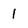
Character: 1